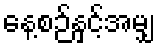
နေ့စဉ်နှင့်အမျှ